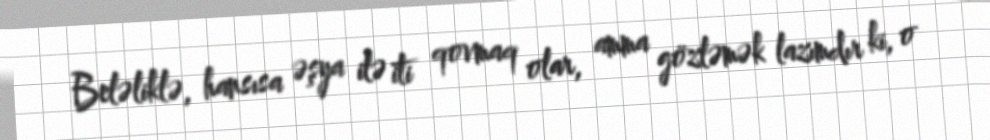
Beləliklə, hansısa əşya ilə iti qovmaq olar, amma gözləmək lazımdır ki, o